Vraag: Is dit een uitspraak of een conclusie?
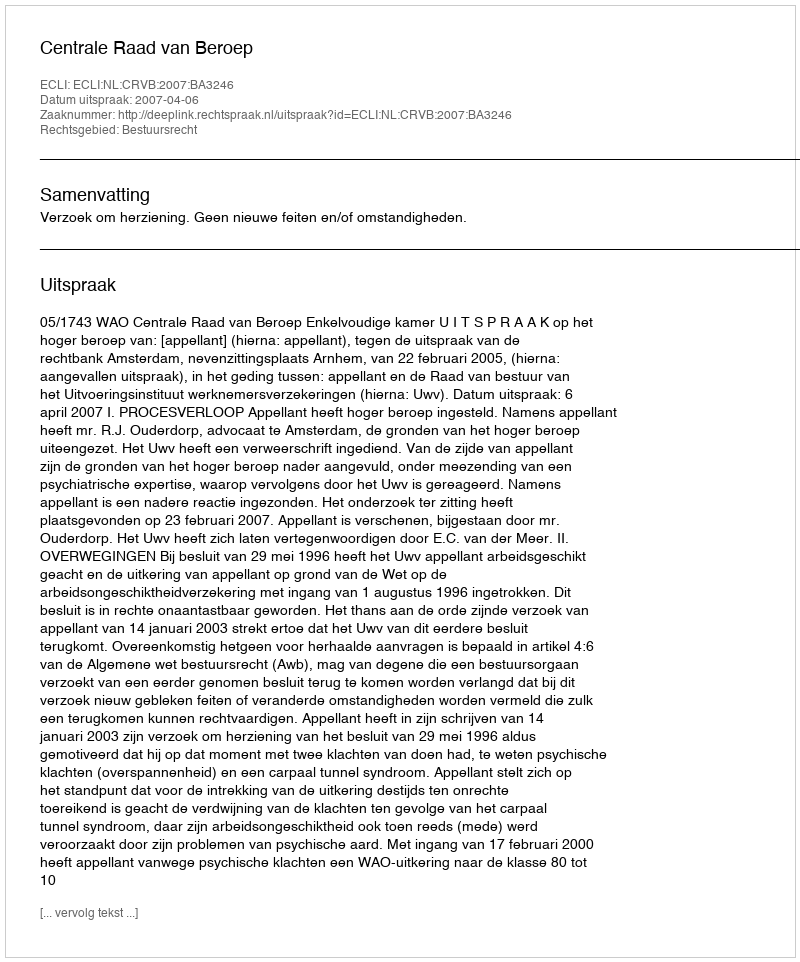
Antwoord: Uitspraak